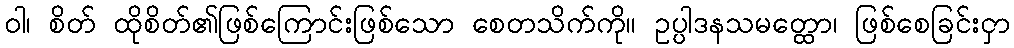
ဝါ၊ စိတ် ထိုစိတ်၏ဖြစ်ကြောင်းဖြစ်သော စေတသိက်ကို။ ဥပ္ပါဒနသမတ္ထော၊ ဖြစ်စေခြင်းငှာ